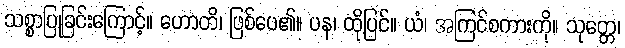
သစ္စာပြုခြင်းကြောင့်။ ဟောတိ၊ ဖြစ်ပေ၏။ ပန၊ ထိုပြင်။ ယံ၊ အကြင်စကားကို။ သုတ္တေ၊